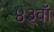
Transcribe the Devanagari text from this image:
४३वॉ